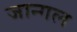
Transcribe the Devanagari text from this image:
जान्गल